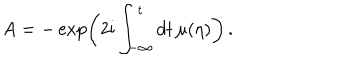
A = - \exp \left( 2 \mathrm { i } \int _ { - \infty } ^ { t } d t \, \mu ( \eta ) \right) \, .